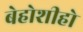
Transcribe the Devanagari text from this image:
बेहोशीहो